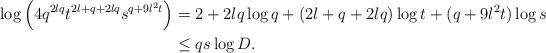
LaTeX: \begin{align*}\log \left({4q^{2lq}t^{2l+q+2lq}s^{q+9l^2t}}\right)&=2+2lq\log q+(2l+q+2lq)\log t+(q+9l^2t)\log s\\&\le qs\log D.\end{align*}